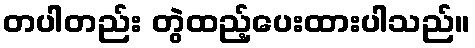
တပါတည်း တွဲထည့်ပေးထားပါသည်။